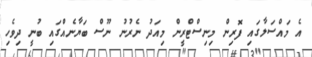
އެ މައްސަލާގައި ފޮރިން މިނިސްޓްރީން މިއަދު ނެރުނު ނޫސް ބަޔާނެއްގައި ބުނީ ދިވެހި